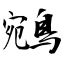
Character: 鵷